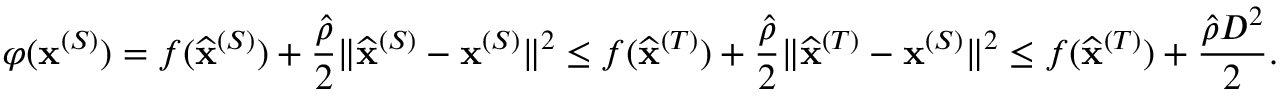
\varphi ( { \mathbf x } ^ { ( S ) } ) = f ( \widehat { \mathbf x } ^ { ( S ) } ) + \frac { \hat { \rho } } { 2 } \| \widehat { \mathbf x } ^ { ( S ) } - { \mathbf x } ^ { ( S ) } \| ^ { 2 } \leq f ( \widehat { \mathbf x } ^ { ( T ) } ) + \frac { \hat { \rho } } { 2 } \| \widehat { \mathbf x } ^ { ( T ) } - { \mathbf x } ^ { ( S ) } \| ^ { 2 } \leq f ( \widehat { \mathbf x } ^ { ( T ) } ) + \frac { \hat { \rho } D ^ { 2 } } { 2 } .